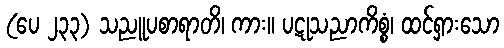
(ပေ ၂၃၃) သညူပစာရာတိ၊ ကား။ ပဋုသညာကိစ္စံ၊ ထင်ရှားသော